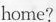
home?